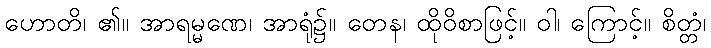
ဟောတိ၊ ၏။ အာရမ္မဏေ၊ အာရုံ၌။ တေန၊ ထိုဝိစာဖြင့်။ ဝါ၊ ကြောင့်။ စိတ္တံ၊